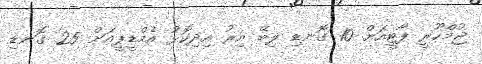
ޖުމްހޫރީ ޕާޓީއަށް 10 ގޮނޑި ލިބޭ އިރު އިދިކޮޅު އެމްޑީޕީއަށް 25 ގޮނޑި